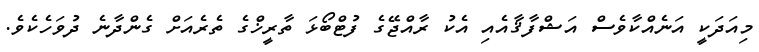
މިއަދަކީ އަނެއްކާވެސް އަޝްފާޤާއެއި އެކު ރާއްޖޭގެ ފުޓްބޯޅަ ތާރީޚްގެ ތެރެއަށް ގެންދާނެ ދުވަހެކެވެ.